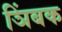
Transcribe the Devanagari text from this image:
ञिंबक